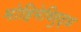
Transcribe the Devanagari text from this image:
मोहिमेविरुद्ध